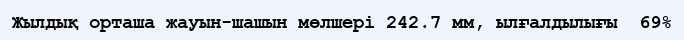
Жылдық орташа жауын-шашын мөлшері 242.7 мм, ылғалдылығы  69%